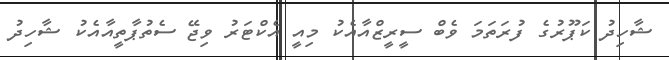
ޝާހިދު ކަޕޫރުގެ ފުރަތަމަ ވެބް ސީރީޒްއާއެކު މިއީ އެކްޓަރު ވިޖޭ ސެތުޕާތީއާއެކު ޝާހިދު